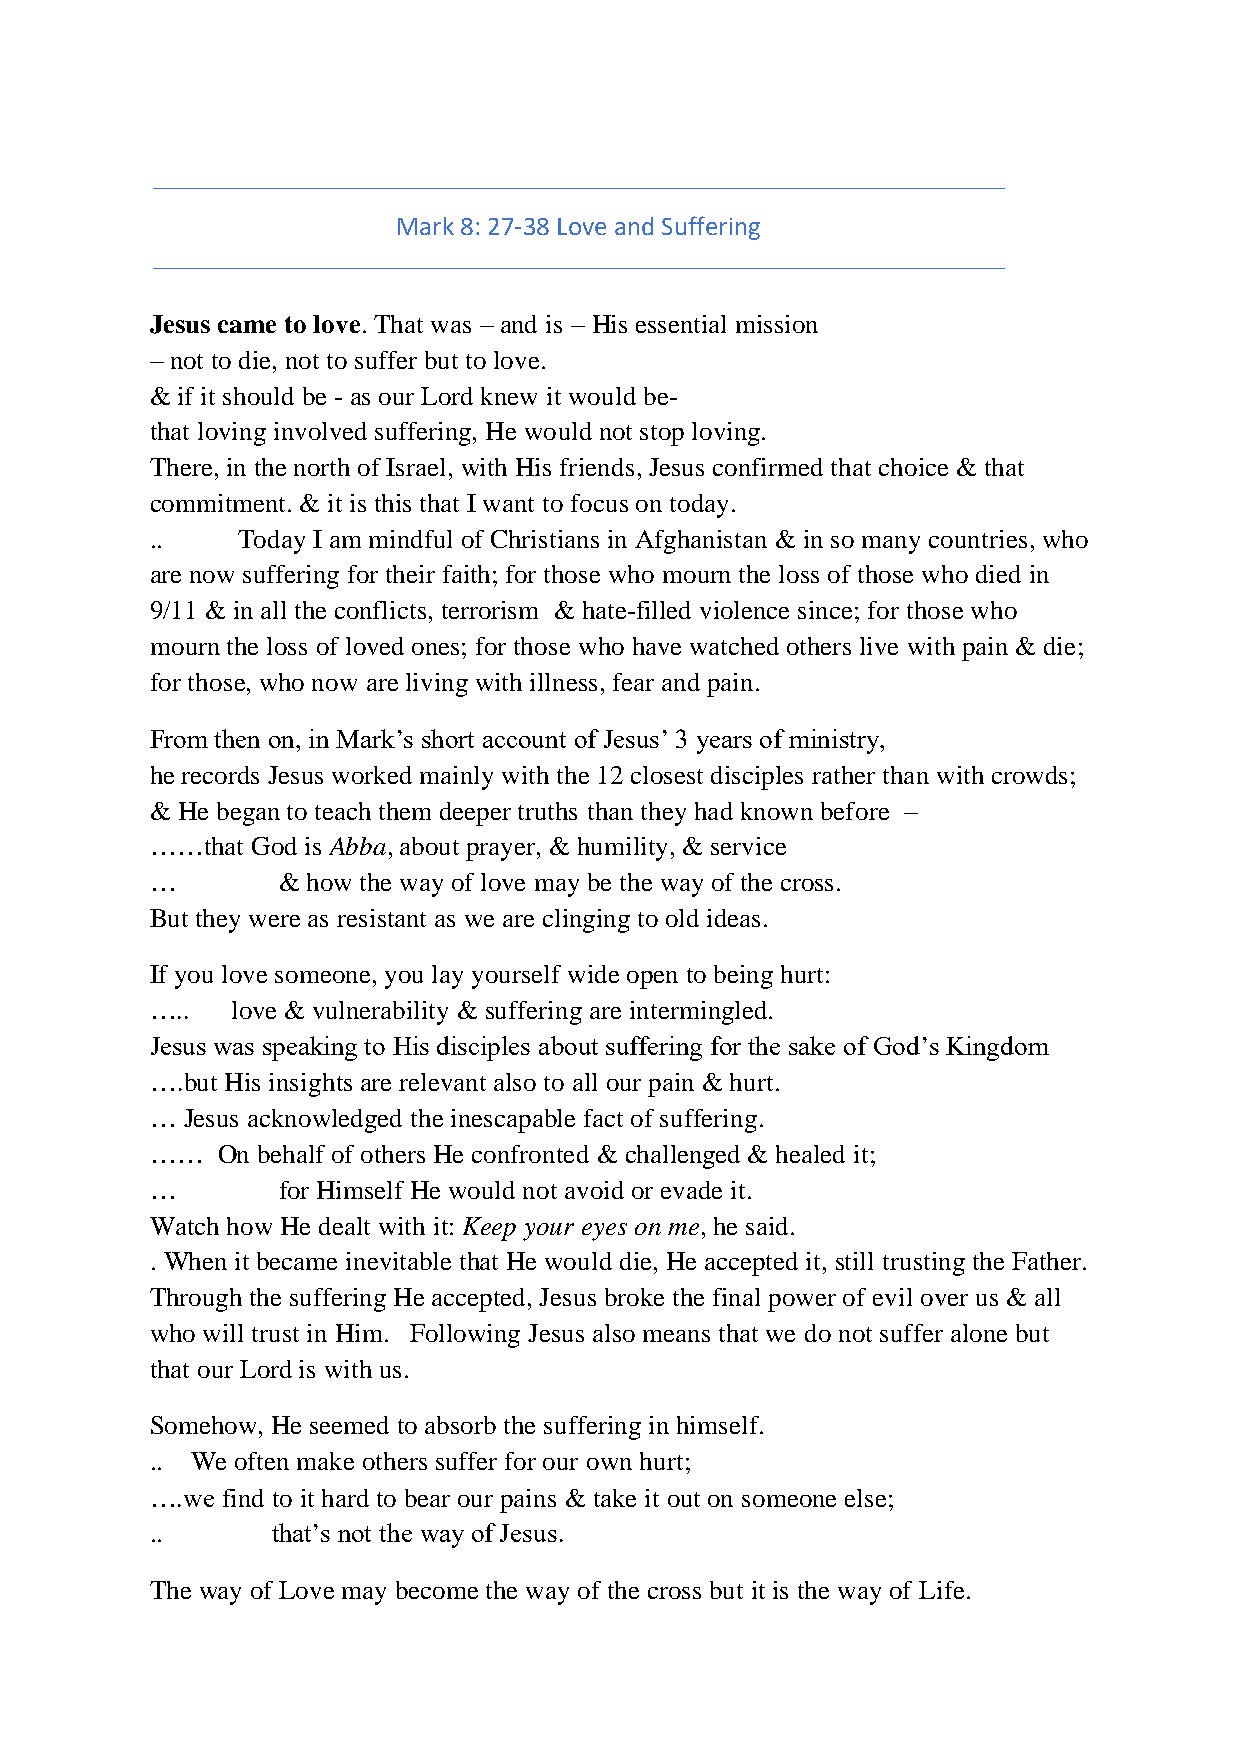
Mark 8: 27-38 Love and Suffering
 Jesus came to love. That was – and is – His essential mission
 – not to die, not to suffer but to love.
 & if it should be - as our Lord knew it would be-
 that loving involved suffering, He would not stop loving.
 There, in the north of Israel, with His friends, Jesus confirmed that choice & that
 commitment. & it is this that I want to focus on today.
 ..    Today I am mindful of Christians in Afghanistan & in so many countries, who
 are now suffering for their faith; for those who mourn the loss of those who died in
 9/11 & in all the conflicts, terrorism & hate-filled violence since; for those who
 mourn the loss of loved ones; for those who have watched others live with pain & die;
 for those, who now are living with illness, fear and pain.
 From then on, in Mark’s short account of Jesus’ 3 years of ministry,
 he records Jesus worked mainly with the 12 closest disciples rather than with crowds;
 & He began to teach them deeper truths than they had known before –
 ……that God is Abba, about prayer, & humility, & service
 …       & how the way of love may be the way of the cross.
 But they were as resistant as we are clinging to old ideas.
 If you love someone, you lay yourself wide open to being hurt:
 …..  love & vulnerability & suffering are intermingled.
 Jesus was speaking to His disciples about suffering for the sake of God’s Kingdom
 ….but His insights are relevant also to all our pain & hurt.
 … Jesus acknowledged the inescapable fact of suffering.
 ……  On behalf of others He confronted & challenged & healed it;
 …       for Himself He would not avoid or evade it.
 Watch how He dealt with it: Keep your eyes on me, he said.
 . When it became inevitable that He would die, He accepted it, still trusting the Father.
 Through the suffering He accepted, Jesus broke the final power of evil over us & all
 who will trust in Him. Following Jesus also means that we do not suffer alone but
 that our Lord is with us.
 Somehow, He seemed to absorb the suffering in himself.
 .. We often make others suffer for our own hurt;
 ….we find to it hard to bear our pains & take it out on someone else;
 ..      that’s not the way of Jesus.
 The way of Love may become the way of the cross but it is the way of Life.